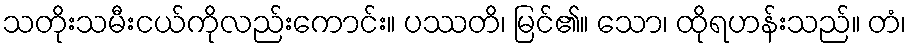
သတိုးသမီးငယ်ကိုလည်းကောင်း။ ပဿတိ၊ မြင်၏။ သော၊ ထိုရဟန်းသည်။ တံ၊